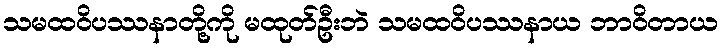
သမထဝိပဿနာတို့ကို မထုတ်ဦးဘဲ သမထဝိပဿနာယ ဘာဝိတာယ